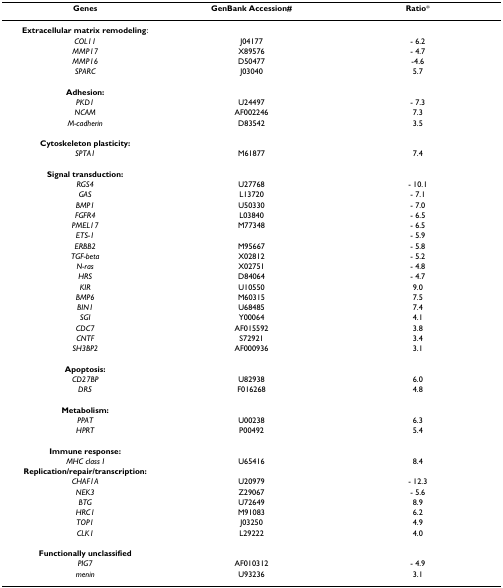
<table><thead><tr><td><b>Genes</b></td><td><b>GenBank Accession#</b></td><td><b>Ratio*</b></td></tr></thead><tbody><tr><td><b>Extracellular matrix remodeling</b>:</td><td></td><td></td></tr><tr><td><i>COL11</i></td><td>J04177</td><td>- 6.2</td></tr><tr><td><i>MMP17</i></td><td>X89576</td><td>- 4.7</td></tr><tr><td><i>MMP16</i></td><td>D50477</td><td>-4.6</td></tr><tr><td><i>SPARC</i></td><td>J03040</td><td>5.7</td></tr><tr><td><b>Adhesion:</b></td><td></td><td></td></tr><tr><td><i>PKD1</i></td><td>U24497</td><td>- 7.3</td></tr><tr><td><i>NCAM</i></td><td>AF002246</td><td>7.3</td></tr><tr><td><i>M-cadherin</i></td><td>D83542</td><td>3.5</td></tr><tr><td><b>Cytoskeleton plasticity:</b></td><td></td><td></td></tr><tr><td><i>SPTA1</i></td><td>M61877</td><td>7.4</td></tr><tr><td><b>Signal transduction:</b></td><td></td><td></td></tr><tr><td><i>RGS4</i></td><td>U27768</td><td>- 10.1</td></tr><tr><td><i>GAS</i></td><td>L13720</td><td>- 7.1</td></tr><tr><td><i>BMP1</i></td><td>U50330</td><td>- 7.0</td></tr><tr><td><i>FGFR4</i></td><td>L03840</td><td>- 6.5</td></tr><tr><td><i>PMEL17</i></td><td>M77348</td><td>- 6.5</td></tr><tr><td><i>ETS-1</i></td><td></td><td>- 5.9</td></tr><tr><td><i>ERBB2</i></td><td>M95667</td><td>- 5.8</td></tr><tr><td><i>TGF-beta</i></td><td>X02812</td><td>- 5.2</td></tr><tr><td><i>N-ras</i></td><td>X02751</td><td>- 4.8</td></tr><tr><td><i>HRS</i></td><td>D84064</td><td>- 4.7</td></tr><tr><td><i>KIR</i></td><td>U10550</td><td>9.0</td></tr><tr><td><i>BMP6</i></td><td>M60315</td><td>7.5</td></tr><tr><td><i>BIN1</i></td><td>U68485</td><td>7.4</td></tr><tr><td><i>SGI</i></td><td>Y00064</td><td>4.1</td></tr><tr><td><i>CDC7</i></td><td>AF015592</td><td>3.8</td></tr><tr><td><i>CNTF</i></td><td>S72921</td><td>3.4</td></tr><tr><td><i>SH3BP2</i></td><td>AF000936</td><td>3.1</td></tr><tr><td><b>Apoptosis:</b></td><td></td><td></td></tr><tr><td><i>CD27BP</i></td><td>U82938</td><td>6.0</td></tr><tr><td><i>DR5</i></td><td>F016268</td><td>4.8</td></tr><tr><td><b>Metabolism:</b></td><td></td><td></td></tr><tr><td><i>PPAT</i></td><td>U00238</td><td>6.3</td></tr><tr><td><i>HPRT</i></td><td>P00492</td><td>5.4</td></tr><tr><td><b>Immune response:</b></td><td></td><td></td></tr><tr><td><i>MHC class I</i></td><td>U65416</td><td>8.4</td></tr><tr><td><b>Replication/repair/transcription:</b></td><td></td><td></td></tr><tr><td><i>CHAF1A</i></td><td>U20979</td><td>- 12.3</td></tr><tr><td><i>NEK3</i></td><td>Z29067</td><td>- 5.6</td></tr><tr><td><i>BTG</i></td><td>U72649</td><td>8.9</td></tr><tr><td><i>HRC1</i></td><td>M91083</td><td>6.2</td></tr><tr><td><i>TOP1</i></td><td>J03250</td><td>4.9</td></tr><tr><td><i>CLK1</i></td><td>L29222</td><td>4.0</td></tr><tr><td><b>Functionally unclassified</b></td><td></td><td></td></tr><tr><td><i>PIG7</i></td><td>AF010312</td><td>- 4.9</td></tr><tr><td><i>menin</i></td><td>U93236</td><td>3.1</td></tr></tbody></table>